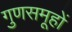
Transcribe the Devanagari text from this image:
गुणसमूहों